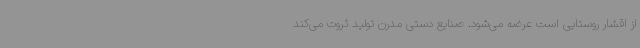
از اقشار روستایی است عرضه می‌شود. صنایع دستی مدرن تولید ثروت می‌کند